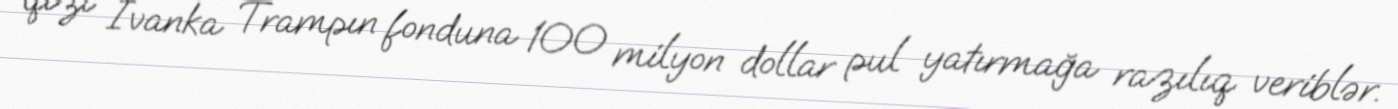
qızı İvanka Trampın fonduna 100 milyon dollar pul yatırmağa razılıq veriblər.